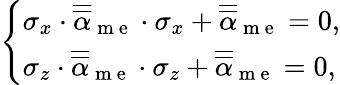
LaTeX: \left\{ \begin{array}{ll}{\sigma_{x}\cdot\overline{{\overline{{\mathbf{\alpha}}}}}_{\mathrm{~m~e~}}\cdot\sigma_{x}+\overline{{\overline{{\mathbf{\alpha}}}}}_{\mathrm{~m~e~}}=0,}\\ {\sigma_{z}\cdot\overline{{\overline{{\mathbf{\alpha}}}}}_{\mathrm{~m~e~}}\cdot\sigma_{z}+\overline{{\overline{{\mathbf{\alpha}}}}}_{\mathrm{~m~e~}}=0,}\end{array}\right.